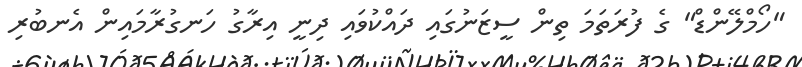
"ހޯމްލޭންޑް" ގެ ފުރަތަމަ ތިން ސީޒަނުގައި ދައްކުވައި ދިނީ އިރާގު ހަނގުރާމައިން އެނބުރި